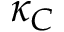
\kappa _ { C }